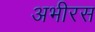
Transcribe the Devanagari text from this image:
अभीरस